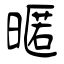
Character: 暱